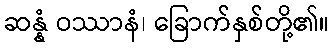
ဆန္နံ ဝဿာနံ၊ ခြောက်နှစ်တို့၏။